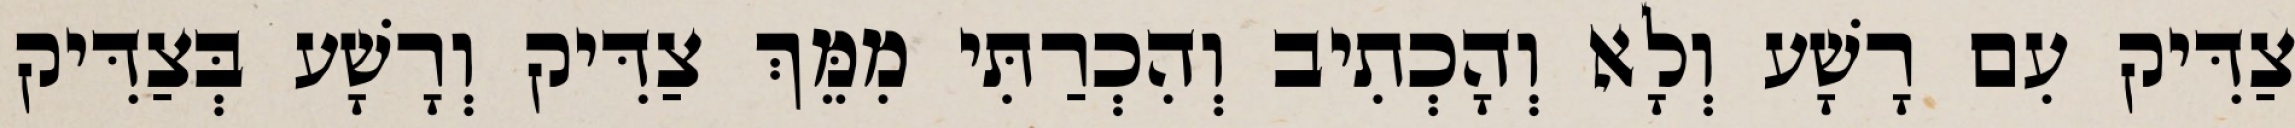
צַדִּיק עִם רָשָׁע וְלָא וְהָכְתִיב וְהִכְרַתִּי מִמֵּךְ צַדִּיק וְרָשָׁע בְּצַדִּיק